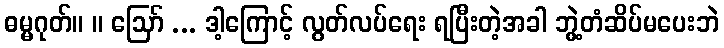
ဓမ္မဂုတ်။ ။ ဪ ... ဒါ့ကြောင့် လွတ်လပ်ရေး ရပြီးတဲ့အခါ ဘွဲ့တံဆိပ်မပေးဘဲ